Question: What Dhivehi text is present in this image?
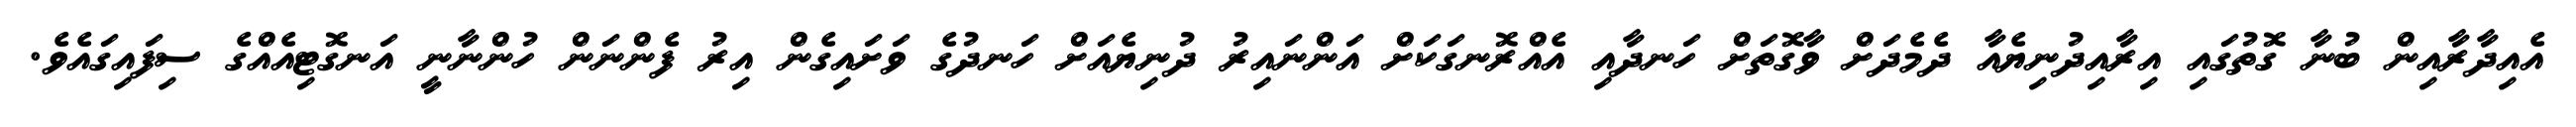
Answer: އެއިދާރާއިން ބުނާ ގޮތުގައި އިރާއިދުނިޔެއާ ދެމެދަށް ވާގޮތަށް ހަނދާއި އެއްރޮނގަކަށް އަންނައިރު ދުނިޔެއަށް ހަނދުގެ ވަށައިގެން އިރު ފެންނަން ހުންނާނީ އަނގޮޓިއެއްގެ ސިފައިގައެވެ.